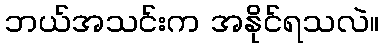
ဘယ်အသင်းက အနိုင်ရသလဲ။